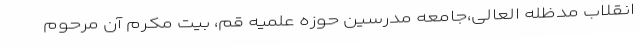
انقلاب مدظله العالی،جامعه مدرسین حوزه علمیه قم، بیت مکرم آن مرحوم